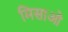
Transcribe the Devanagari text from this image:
मिसाओ